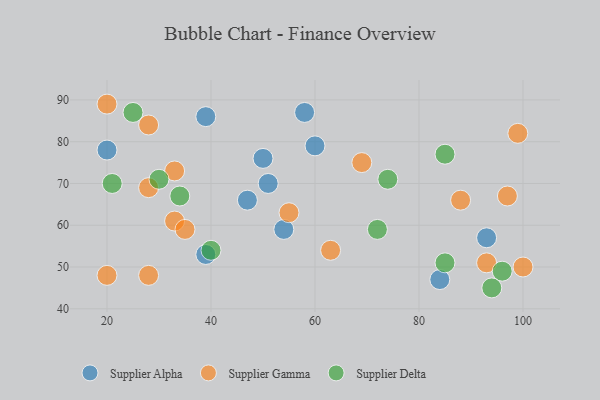
{"axis": {"x": "GDP", "y": "Life Expectancy"}, "legend": ["Supplier Alpha", "Supplier Delta", "Supplier Gamma"], "data": [{"x": "50", "y": 76, "type": "Supplier Alpha"}, {"x": "39", "y": 86, "type": "Supplier Alpha"}, {"x": "47", "y": 66, "type": "Supplier Alpha"}, {"x": "51", "y": 70, "type": "Supplier Alpha"}, {"x": "60", "y": 79, "type": "Supplier Alpha"}, {"x": "84", "y": 47, "type": "Supplier Alpha"}, {"x": "39", "y": 53, "type": "Supplier Alpha"}, {"x": "93", "y": 57, "type": "Supplier Alpha"}, {"x": "54", "y": 59, "type": "Supplier Alpha"}, {"x": "58", "y": 87, "type": "Supplier Alpha"}, {"x": "20", "y": 78, "type": "Supplier Alpha"}, {"x": "28", "y": 48, "type": "Supplier Gamma"}, {"x": "93", "y": 51, "type": "Supplier Gamma"}, {"x": "97", "y": 67, "type": "Supplier Gamma"}, {"x": "33", "y": 61, "type": "Supplier Gamma"}, {"x": "20", "y": 89, "type": "Supplier Gamma"}, {"x": "99", "y": 82, "type": "Supplier Gamma"}, {"x": "69", "y": 75, "type": "Supplier Gamma"}, {"x": "55", "y": 63, "type": "Supplier Gamma"}, {"x": "35", "y": 59, "type": "Supplier Gamma"}, {"x": "33", "y": 73, "type": "Supplier Gamma"}, {"x": "100", "y": 50, "type": "Supplier Gamma"}, {"x": "88", "y": 66, "type": "Supplier Gamma"}, {"x": "28", "y": 69, "type": "Supplier Gamma"}, {"x": "28", "y": 84, "type": "Supplier Gamma"}, {"x": "63", "y": 54, "type": "Supplier Gamma"}, {"x": "20", "y": 48, "type": "Supplier Gamma"}, {"x": "96", "y": 49, "type": "Supplier Delta"}, {"x": "85", "y": 51, "type": "Supplier Delta"}, {"x": "25", "y": 87, "type": "Supplier Delta"}, {"x": "21", "y": 70, "type": "Supplier Delta"}, {"x": "72", "y": 59, "type": "Supplier Delta"}, {"x": "74", "y": 71, "type": "Supplier Delta"}, {"x": "30", "y": 71, "type": "Supplier Delta"}, {"x": "85", "y": 77, "type": "Supplier Delta"}, {"x": "34", "y": 67, "type": "Supplier Delta"}, {"x": "40", "y": 54, "type": "Supplier Delta"}, {"x": "94", "y": 45, "type": "Supplier Delta"}]}